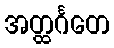
အတ္ထင်္ဂတေ